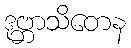
ဒုဗ္ဘာသိတေန